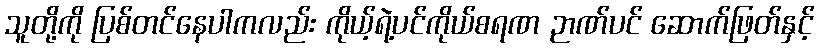
သူတို့ကို ပြစ်တင်နေပါကလည်း ကိုယ့်ရဲ့ပင်ကိုယ်စရဏ ဉာဏ်ပင် ဆောက်ဖြတ်နှင့်